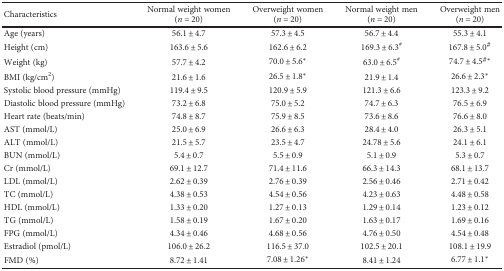
<table><thead><tr><td><b>Characteristics</b></td><td><b>Normal weight women (<i>n</i> = 20)</b></td><td><b>Overweight women (<i>n</i> = 20)</b></td><td><b>Normal weight men (<i>n</i> = 20)</b></td><td><b>Overweight men (<i>n</i> = 20)</b></td></tr></thead><tbody><tr><td>Age (years)</td><td>56.1 ± 4.7</td><td>57.3 ± 4.5</td><td>56.7 ± 4.4</td><td>55.3 ± 4.1</td></tr><tr><td>Height (cm)</td><td>163.6 ± 5.6</td><td>162.6 ± 6.2</td><td>169.3 ± 6.3<sup>#</sup></td><td>167.8 ± 5.0<sup>#</sup></td></tr><tr><td>Weight (kg)</td><td>57.7 ± 4.2</td><td>70.0 ± 5.6<sup>∗</sup></td><td>63.0 ± 6.5<sup>#</sup></td><td>74.7 ± 4.5<sup>#∗</sup></td></tr><tr><td>BMI (kg/cm<sup>2</sup>)</td><td>21.6 ± 1.6</td><td>26.5 ± 1.8<sup>∗</sup></td><td>21.9 ± 1.4</td><td>26.6 ± 2.3<sup>∗</sup></td></tr><tr><td>Systolic blood pressure (mmHg)</td><td>119.4 ± 9.5</td><td>120.9 ± 5.9</td><td>121.3 ± 6.6</td><td>123.3 ± 9.2</td></tr><tr><td>Diastolic blood pressure (mmHg)</td><td>73.2 ± 6.8</td><td>75.0 ± 5.2</td><td>74.7 ± 6.3</td><td>76.5 ± 6.9</td></tr><tr><td>Heart rate (beats/min)</td><td>74.8 ± 8.7</td><td>75.9 ± 8.5</td><td>73.6 ± 8.6</td><td>76.6 ± 8.0</td></tr><tr><td>AST (mmol/L)</td><td>25.0 ± 6.9</td><td>26.6 ± 6.3</td><td>28.4 ± 4.0</td><td>26.3 ± 5.1</td></tr><tr><td>ALT (mmol/L)</td><td>21.5 ± 5.7</td><td>23.5 ± 4.7</td><td>24.78 ± 5.6</td><td>24.1 ± 6.1</td></tr><tr><td>BUN (mmol/L)</td><td>5.4 ± 0.7</td><td>5.5 ± 0.9</td><td>5.1 ± 0.9</td><td>5.3 ± 0.7</td></tr><tr><td>Cr (mmol/L)</td><td>69.1 ± 12.7</td><td>71.4 ± 11.6</td><td>66.3 ± 14.3</td><td>68.1 ± 13.7</td></tr><tr><td>LDL (mmol/L)</td><td>2.62 ± 0.39</td><td>2.76 ± 0.39</td><td>2.56 ± 0.46</td><td>2.71 ± 0.42</td></tr><tr><td>TC (mmol/L)</td><td>4.38 ± 0.53</td><td>4.54 ± 0.56</td><td>4.23 ± 0.63</td><td>4.48 ± 0.58</td></tr><tr><td>HDL (mmol/L)</td><td>1.33 ± 0.20</td><td>1.27 ± 0.13</td><td>1.29 ± 0.14</td><td>1.23 ± 0.12</td></tr><tr><td>TG (mmol/L)</td><td>1.58 ± 0.19</td><td>1.67 ± 0.20</td><td>1.63 ± 0.17</td><td>1.69 ± 0.16</td></tr><tr><td>FPG (mmol/L)</td><td>4.34 ± 0.46</td><td>4.68 ± 0.56</td><td>4.76 ± 0.50</td><td>4.54 ± 0.48</td></tr><tr><td>Estradiol (pmol/L)</td><td>106.0 ± 26.2</td><td>116.5 ± 37.0</td><td>102.5 ± 20.1</td><td>108.1 ± 19.9</td></tr><tr><td>FMD (%)</td><td>8.72 ± 1.41</td><td>7.08 ± 1.26<sup>∗</sup></td><td>8.41 ± 1.24</td><td>6.77 ± 1.1<sup>∗</sup></td></tr></tbody></table>